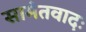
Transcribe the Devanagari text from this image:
सामंतवादः